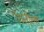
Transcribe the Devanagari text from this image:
रेवतीला